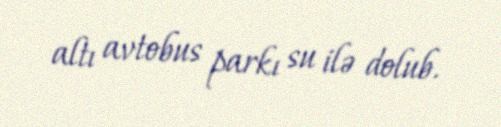
altı avtobus parkı su ilə dolub.